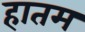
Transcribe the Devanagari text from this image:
हातम